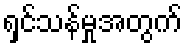
ရှင်သန်မှုအတွက်